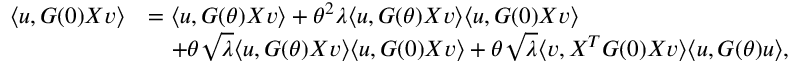
\begin{array} { r l } { \langle { \boldsymbol u } , G ( 0 ) X { \boldsymbol v } \rangle } & { = \langle { \boldsymbol u } , G ( \theta ) X { \boldsymbol v } \rangle + \theta ^ { 2 } \lambda \langle { \boldsymbol u } , G ( \theta ) X { \boldsymbol v } \rangle \langle { \boldsymbol u } , G ( 0 ) X { \boldsymbol v } \rangle } \\ & { ~ ~ ~ + \theta \sqrt { \lambda } \langle { \boldsymbol u } , G ( \theta ) X { \boldsymbol v } \rangle \langle { \boldsymbol u } , G ( 0 ) X { \boldsymbol v } \rangle + \theta \sqrt { \lambda } \langle { \boldsymbol v } , X ^ { T } G ( 0 ) X { \boldsymbol v } \rangle \langle { \boldsymbol u } , G ( \theta ) { \boldsymbol u } \rangle , } \end{array}